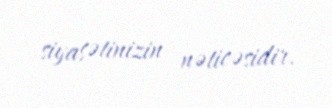
siyasətinizin nəticəsidir.